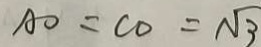
A O = C O = \sqrt { 3 }